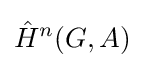
{\hat {H}}^{n}(G,A)